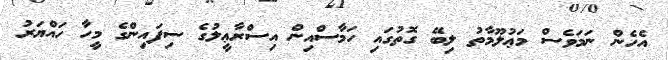
އެހެން ނަމަވެސް މަޢުލޫމާތު ލިބޭ ގޮތުގައި ހަމާސްއިން އިސްރާޢީލުގެ ސިފައިންގެ މީހާ ހައްޔަރު